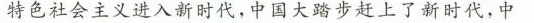
特色社会主义进入新时代，中国大踏步赶上了新时代，中